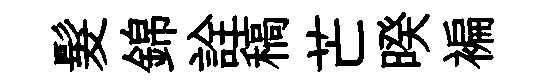
髮錦詮稿芒暌褊